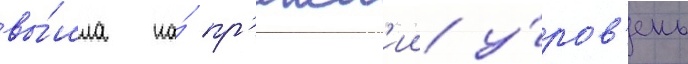
вы́шла на́ пр'ежн'ии у́ров'ень